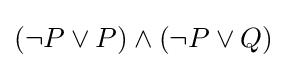
(\neg P\lor P)\land (\neg P\lor Q)